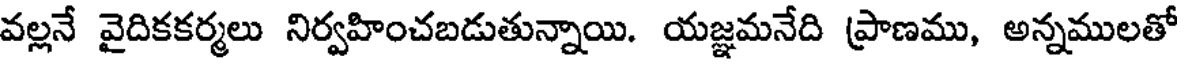
వల్లనే వైదికకర్మలు నిర్వహించబడుతున్నాయి. యజ్ఞమనేది ప్రాణము, అన్నములతో